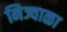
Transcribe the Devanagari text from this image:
निज्वाळा